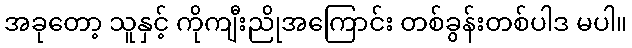
အခုတော့ သူနှင့် ကိုကျီးညိုအကြောင်း တစ်ခွန်းတစ်ပါဒ မပါ။